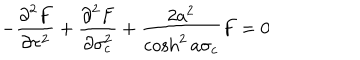
- \frac { { \partial } ^ { 2 } F } { { \partial } \tau ^ { 2 } } + \frac { { \partial } ^ { 2 } F } { { \partial } \sigma _ { c } ^ { 2 } } + \frac { 2 a ^ { 2 } } { \cosh ^ { 2 } a \sigma _ { c } } F = 0